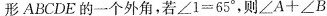
形ABCDE的一个外角，若$$∠ 1 = 6 5 °$$，则$$∠ A + ∠ B +